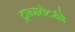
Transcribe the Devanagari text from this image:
ट्रान्सलेटर्सने